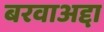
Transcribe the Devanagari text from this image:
बरवाअद्दा